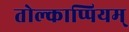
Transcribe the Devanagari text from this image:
तोल्काप्पियम्